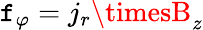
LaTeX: \mathtt{f}_{\varphi}=j_{r}\timesB_{z}